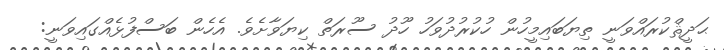
ޙަދީޘްކުރައްވަނީ ތިޔަބައިމީހުން ހުކުރުދުވަހު ހޫދު ސޫރަތް ކިޔަވާށެވެ. އެހެން ބަސްފުޅެއްގައިވަނީ: